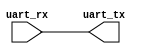
`timescale 1ns / 1ps
/***********************************************************************************************************************
*                                                                                                                      *
* ANTIKERNEL v0.1                                                                                                      *
*                                                                                                                      *
* Copyright (c) 2012-2016 Andrew D. Zonenberg                                                                          *
* All rights reserved.                                                                                                 *
*                                                                                                                      *
* Redistribution and use in source and binary forms, with or without modification, are permitted provided that the     *
* following conditions are met:                                                                                        *
*                                                                                                                      *
*    * Redistributions of source code must retain the above copyright notice, this list of conditions, and the         *
*      following disclaimer.                                                                                           *
*                                                                                                                      *
*    * Redistributions in binary form must reproduce the above copyright notice, this list of conditions and the       *
*      following disclaimer in the documentation and/or other materials provided with the distribution.                *
*                                                                                                                      *
*    * Neither the name of the author nor the names of any contributors may be used to endorse or promote products     *
*      derived from this software without specific prior written permission.                                           *
*                                                                                                                      *
* THIS SOFTWARE IS PROVIDED BY THE AUTHORS "AS IS" AND ANY EXPRESS OR IMPLIED WARRANTIES, INCLUDING, BUT NOT LIMITED   *
* TO, THE IMPLIED WARRANTIES OF MERCHANTABILITY AND FITNESS FOR A PARTICULAR PURPOSE ARE DISCLAIMED. IN NO EVENT SHALL *
* THE AUTHORS BE HELD LIABLE FOR ANY DIRECT, INDIRECT, INCIDENTAL, SPECIAL, EXEMPLARY, OR CONSEQUENTIAL DAMAGES        *
* (INCLUDING, BUT NOT LIMITED TO, PROCUREMENT OF SUBSTITUTE GOODS OR SERVICES; LOSS OF USE, DATA, OR PROFITS; OR       *
* BUSINESS INTERRUPTION) HOWEVER CAUSED AND ON ANY THEORY OF LIABILITY, WHETHER IN CONTRACT, STRICT LIABILITY, OR TORT *
* (INCLUDING NEGLIGENCE OR OTHERWISE) ARISING IN ANY WAY OUT OF THE USE OF THIS SOFTWARE, EVEN IF ADVISED OF THE       *
* POSSIBILITY OF SUCH DAMAGE.                                                                                          *
*                                                                                                                      *
***********************************************************************************************************************/

/**
	@file
	@author Andrew D. Zonenberg
	@brief Combinatorial loopback test for a UART
 */

module UARTCombinationalLoopbackBitstream(uart_tx, uart_rx);
	output wire uart_tx;
	input wire uart_rx;
	assign uart_tx = uart_rx;
endmodule